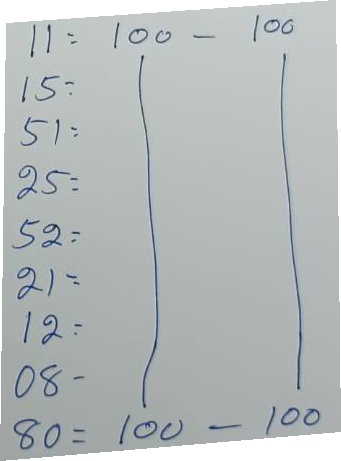
11 = 100 - 100
15 = 100 - 100
51 = 100 - 100
25 = 100 - 100
52 = 100 - 100
21 = 100 - 100
12 = 100 - 100
08 = 100 - 100
80 = 100 - 100